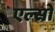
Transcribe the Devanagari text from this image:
एल्सो